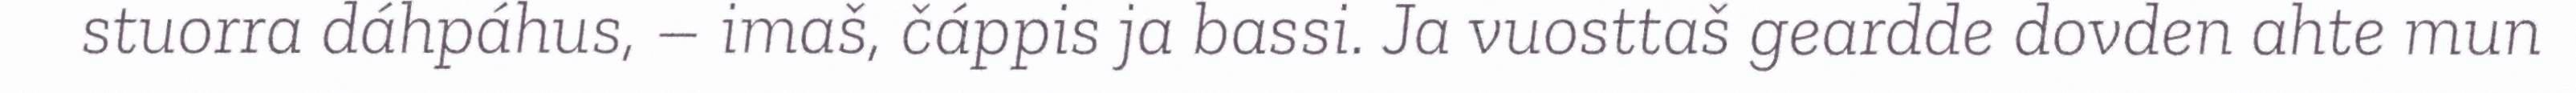
stuorra dáhpáhus, – imaš, čáppis ja bassi. Ja vuosttaš geardde dovden ahte mun